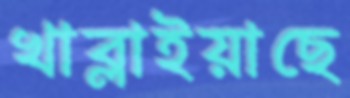
খাব্‌লাইয়াছে